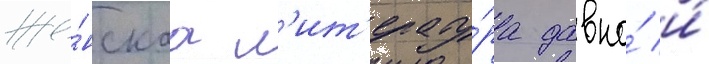
же́нскаа л'ит'ерату́ра давно́ и́